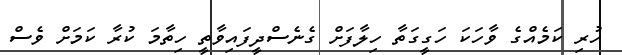
ހުރި ކަމެއްގެ ވާހަކަ ހަގީގަތާ ހިލާފަށް ގެނެސްދީފައިވާތީ ހިތާމަ ކުރާ ކަމަށް ވެސް